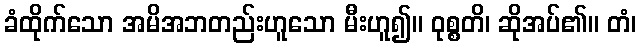
ခံထိုက်သော အမိအဘတည်းဟူသော မီးဟူ၍။ ဝုစ္စတိ၊ ဆိုအပ်၏။ တံ၊